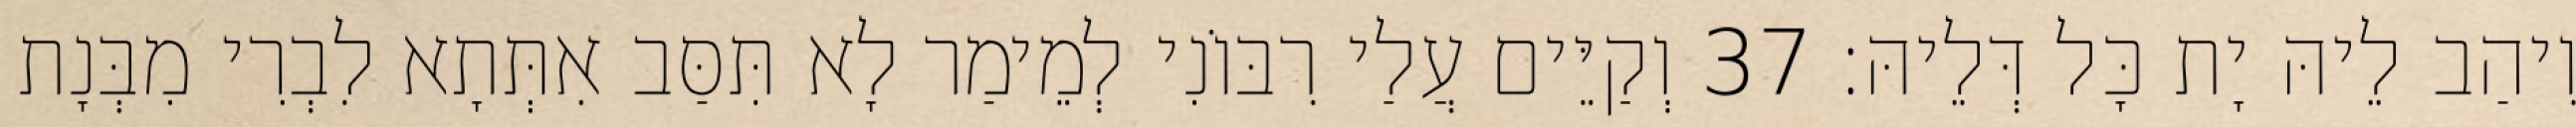
וִיהַב לֵיהּ יָת כָּל דְּלֵיהּ׃ 37 וְקַיֵּים עֲלַי רִבּוֹנִי לְמֵימַר לָא תִּסַּב אִתְּתָא לִבְרִי מִבְּנָת